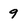
Character: 9